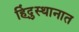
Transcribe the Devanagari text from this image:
हिंदु्स्थानात